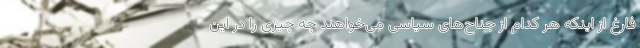
فارغ از اینکه هر کدام از جناح‌های سیاسی می‌خواهند چه چیزی را در این